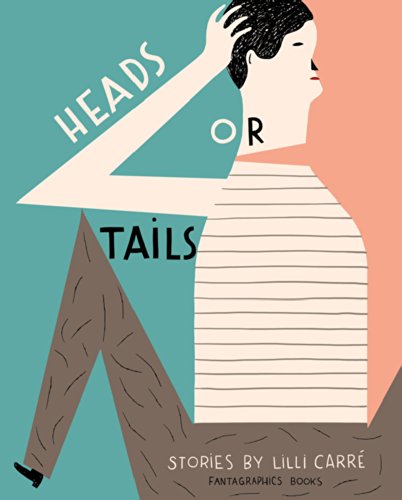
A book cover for Heads or Tails; Lilli CarrÃ©; Comics & Graphic Novels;